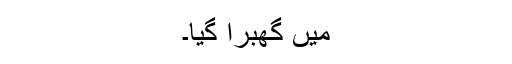
میں گھبرا گیا۔